Account of plague administration in the Bombay Presidency from September 1896 till May 1897
Year: 1896
Disease focus: Plague
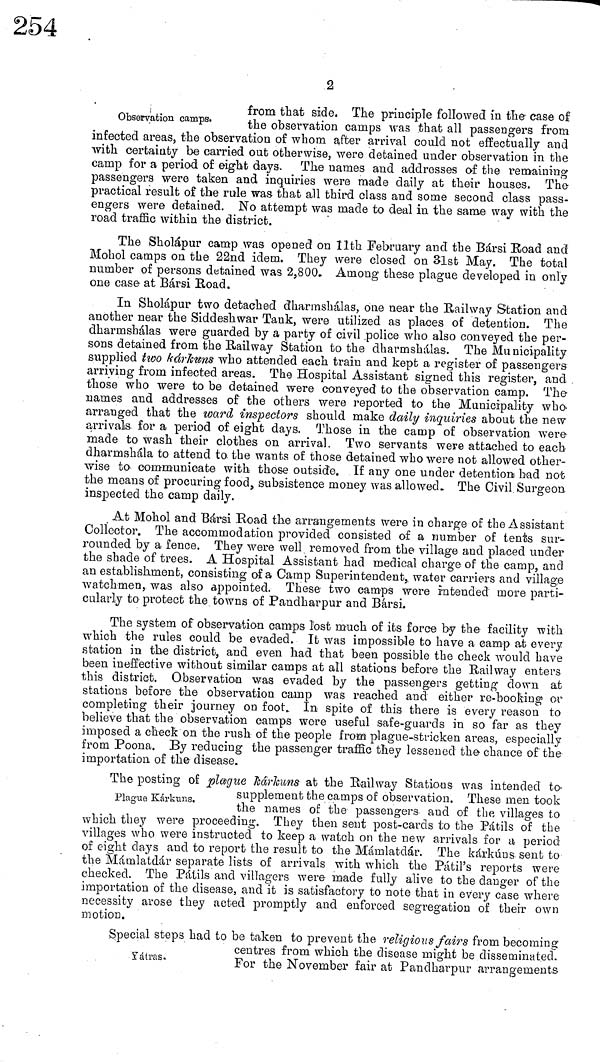
2
Observation camps.
from that side. The principle followed in the case of
the observation camps was that all passengers from
infected areas, the observation of whom after arrival could not effectually and
with certainty be carried out otherwise, were detained under observation in the
camp for a period of eight days. The names and addresses of the remaining
passengers were taken and inquiries were made daily at their houses. The
practical result of the rule was that all third class and some second class pass-
engers were detained. No attempt was made to deal in the same way with the
road traffic within the district.
The Sholápur camp was opened on 11th February and the Bársi Road and
Mohol camps on the 22nd idem. They were closed on 31st May. The total
number of persons detained was 2,800. Among these plague developed in only
one case at Bársi Road.
In Sholápur two detached dharmshálas, one near the Railway Station and
another near the Siddeshwar Tank, were utilized as places of detention. The
dharmshálas were guarded by a party of civil police who also conveyed the per-
sons detained from the Railway Station to the dharmshálas. The Municipality
supplied two kárkuns who attended each train and kept a register of passengers
arriving from infected areas. The Hospital Assistant signed this register, and
those who were to be detained were conveyed to the observation camp. The
names and addresses of the others were reported to the Municipality who
arranged that the ward inspectors should make daily inquiries about the new
arrivals for a period of eight days. Those in the camp of observation were
made to wash their clothes on arrival. Two servants were attached to each
dharmshála to attend to the wants of those detained who were not allowed other-
wise to communicate with those outside. If any one under detention! bad not
the means of procuring food, subsistence money was allowed. The Civil Surgeon
inspected the camp daily.
At Mohol and Bársi Road the arrangements were in charge of the Assistant
Collector. The accommodation provided consisted of a number of tents sur-
rounded by a fence. They were well removed from the village and placed under
the shade of trees. A Hospital Assistant had medical charge of the camp, and
an establishment, consisting of a Camp Superintendent, water carriers and village
watchmen, was also appointed. These two camps were intended more parti-
cularly to protect the towns of Pandharpur and Bársi,
The system of observation camps lost much of its force by the facility with
which the rules could be evaded. It was impossible to have a camp at every
station in the district, and even had that been possible the check would have
been ineffective without similar camps at all stations before the Railway enters
this district. Observation was evaded by the passengers getting clown at
stations before the observation camp was reached and either re-booking or
completing their journey on foot. In spite of this there is every reason to
believe that the observation camps were useful safe-guards in so far as they
imposed a check on the rush of the people from plague-stricken areas, especially
from Poona. By reducing the passenger traffic they lessened the chance of the
importation of the disease.
Plague Kárkuns.
The posting of plague kárkuns at the Railwav Stations was intended to
supplement the camps of observation. These men took
the names of the passegerers and of the villages to
which they were proceeding. They then sent post-cards to the Pátils of the
villages who were instructed to keep a watch on the new arrivals for a period
of eight days and to report the result to the Mámlatdár. The kárkúns sent to
the Mámlatdár separate lists of arrivals with which the Pátil's reports were
checked. The Pauls and villagers were made fully alive to the clanger of the
importation of the disease, and it is satisfactory to note that in every case where
necessity arose they acted promptly and enforced segregation of their own
motion.
Yátras.
Special steps had to be taken to prevent the relictious fairs from becoming
centres from which the disease might be disseminated.
For the November fair at Pandharpur arrangements